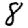
Digit: 8